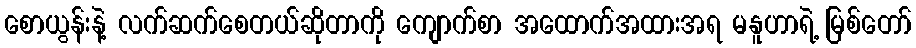
စောယွန်းနဲ့ လက်ဆက်စေတယ်ဆိုတာကို ကျောက်စာ အထောက်အထားအရ မနူဟာရဲ့ မြစ်တော်